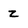
Character: Z